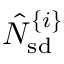
\hat { N } _ { \mathrm { s d } } ^ { \{ i \} }